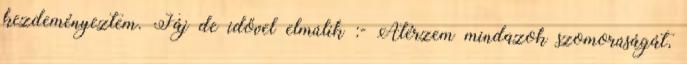
kezdeményeztem. Fáj de idővel elmúlik :- Átérzem mindazok szomorúságát,